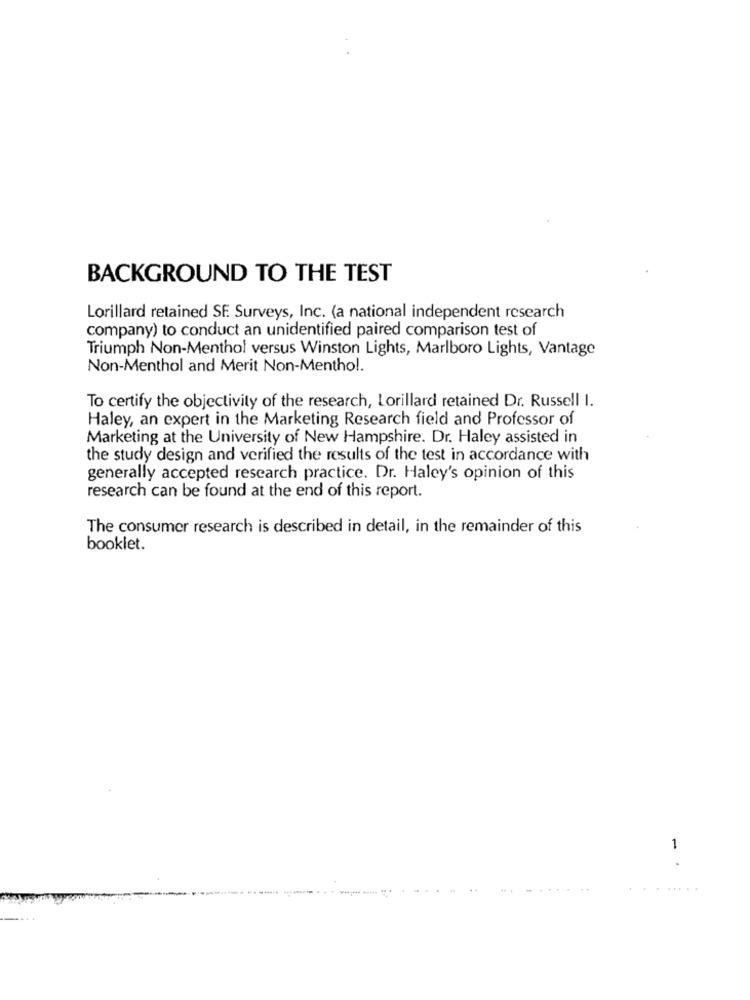
BACKGROUND TO THE TEST
Lorillard retained SF. Surveys, Inc. (a national independent research
company) to conduct an unidentified paired comparison test of
Triumph Non-Menthol versus Winston Lights, Marlboro Lights, Vantage
Non-Menthol and Merit Non-Menthol.
To certify the objectivity of the research, Lorillard retained Dr. Russell I.
Haley, an expert in the Marketing Research field and Professor of
Marketing at the University of New Hampshire. Dr. Haley assisted in
the study design and verified the results of the test in accordance with
generally accepted research practice. Dr. Haley's opinion of this
research can be found at the end of this report.
The consumer research is described in detail, in the remainder of this
booklet.
1
.
....... .......